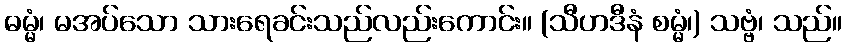
ဓမ္မံ၊ မအပ်သော သားရေခင်းသည်လည်းကောင်း။ (သီဟဒီနံ စမ္မံ၊) သဗ္ဗံ၊ သည်။